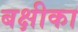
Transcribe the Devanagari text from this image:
बक्षीका